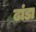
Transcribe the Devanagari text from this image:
ढांडा